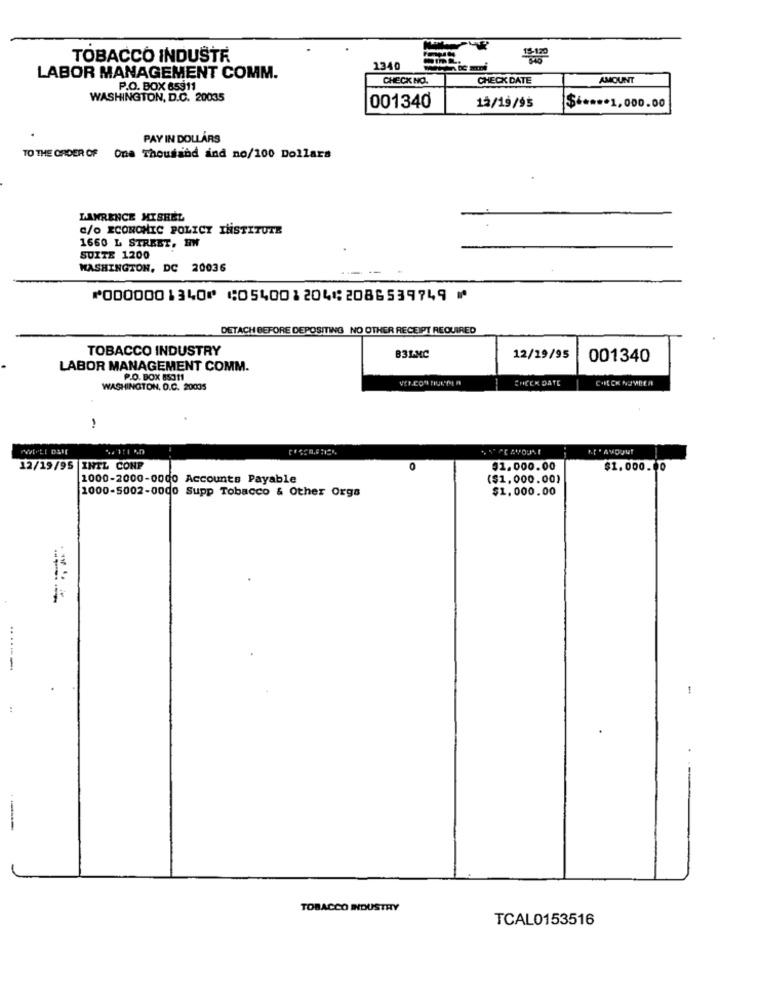
TOBACCO INDUSTR
1340
LABOR MANAGEMENT COMM.
CHECK NO.
CHECK DATE
AMOUNT
P.O. BOX 65911
WASHINGTON, D.C. 20035
001340
12/19/95
$ ***** 1,000.00
PAY IN DOLLARS
TO THE ORDER OF
One Thousand and no/100 Dollars
LAWRENCE MISREL
e/o ECONOMIC POLICY INSTITUTE
1660 L STREBT, HW
SUITE 1200
WASHINGTON, DC 20036
⑈0000001340⑈ ⑆054001204⑆2086539749 ⑈
DETACH BEFORE DEPOSITING NO OTHER RECEIPT REQUIRED
TOBACCO INDUSTRY
B31-NC
12/19/95
001340
LABOR MANAGEMENT COMM.
P.O. BOX 85011
CHECK DATE
CHECK NUMBER
WASHINGTON, D.C. 20035
-
12/19/95 INTL CONP
O
$1.000.00
$1.000.00
1000-2000-0000 Accounts Payable
($1,000.00)
1000-5002-0000 Supp Tobacco & Other Orga
$1.000.00
TOBACCO INDUSTRY
TCAL0153516